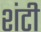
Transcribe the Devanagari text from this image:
शंटी